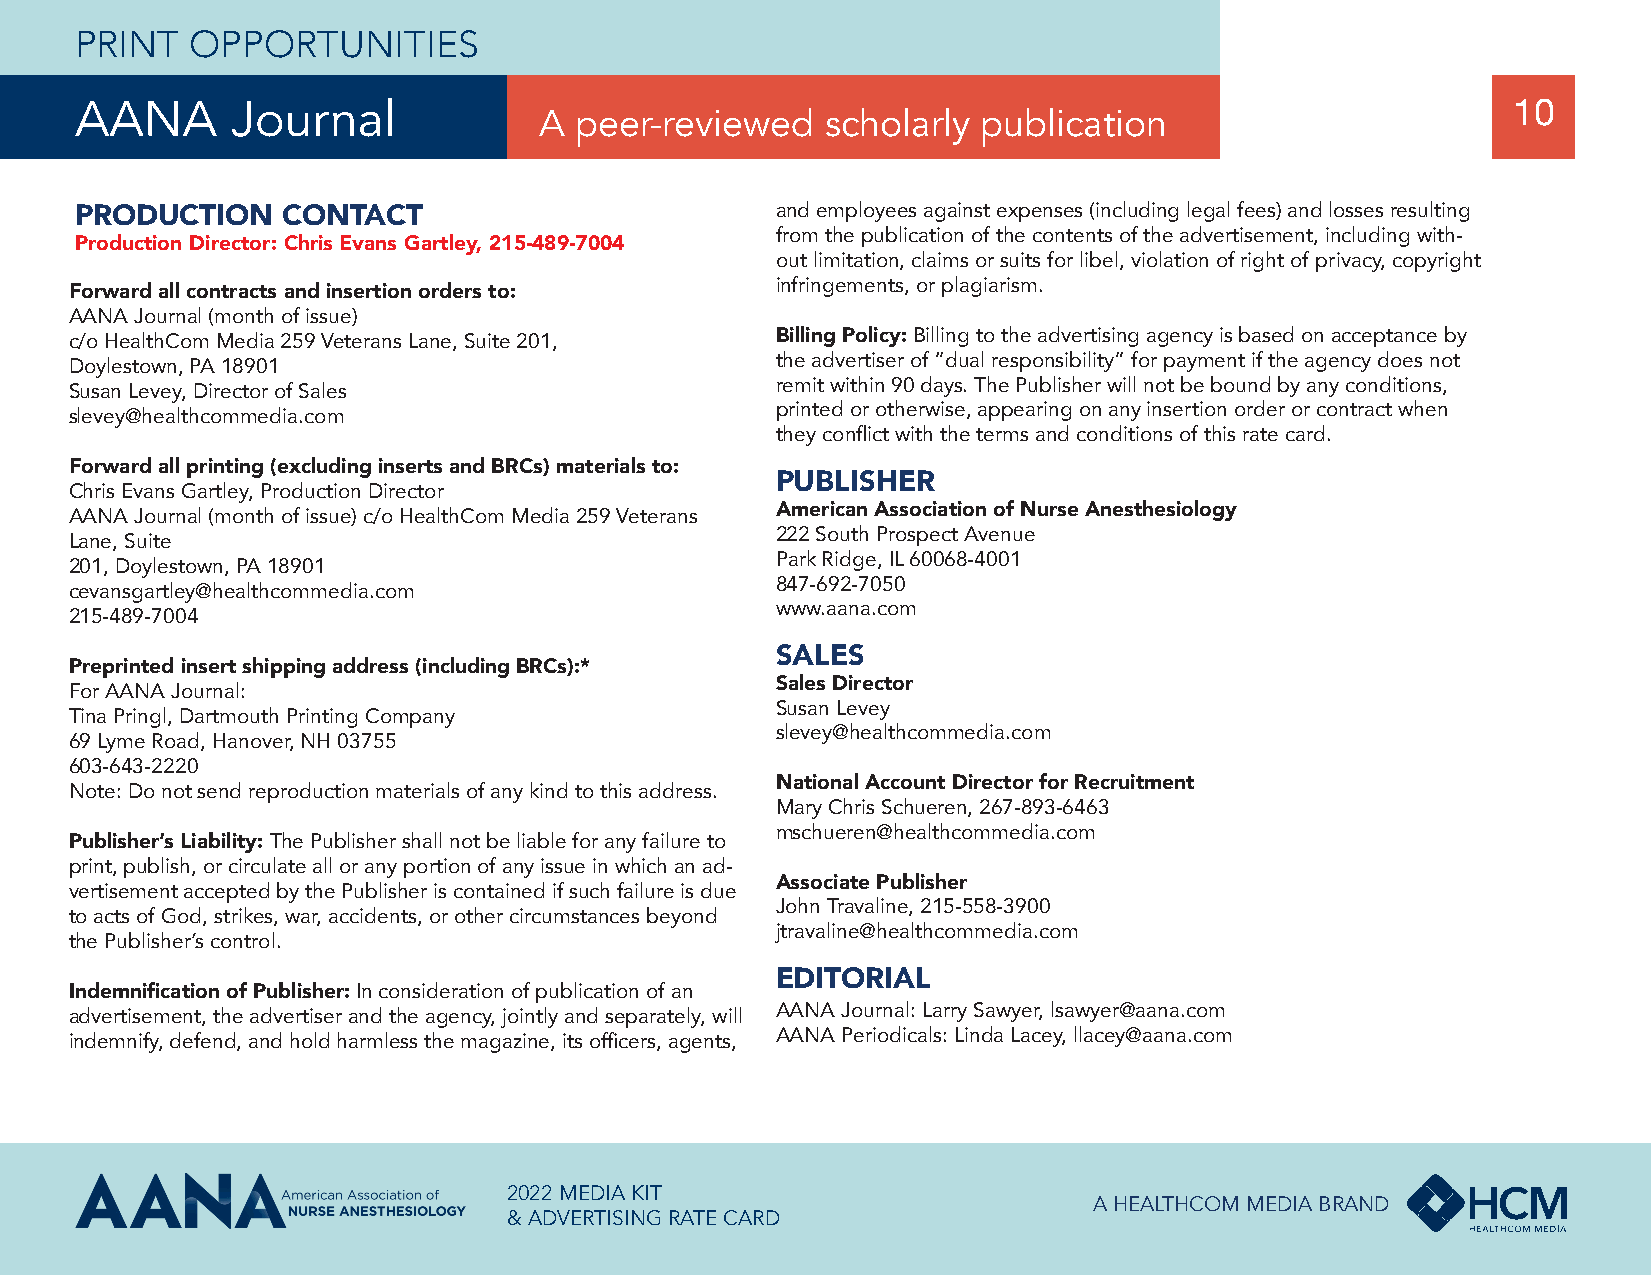
PRINT   OPPORTUNITIES
 AANA      Journal              A peer-reviewed    scholarly publication                        10
 PRODUCTION    CONTACT                         and employees against expenses (including legal fees) and losses resulting
 from the publication of the contents of the advertisement, including with-
 Production Director: Chris Evans Gartley, 215-489-7004
 out limitation, claims or suits for libel, violation of right of privacy, copyright
 infringements, or plagiarism.
 Forward all contracts and insertion orders to:
 AANA Journal (month of issue)
 c/o HealthCom Media 259 Veterans Lane, Suite 201, Billing Policy: Billing to the advertising agency is based on acceptance by
 the advertiser of “dual responsibility” for payment if the agency does not
 Doylestown, PA 18901
 remit within 90 days. The Publisher will not be bound by any conditions,
 Susan Levey, Director of Sales
 printed or otherwise, appearing on any insertion order or contract when
 slevey@healthcommedia.com
 they conflict with the terms and conditions of this rate card.
 Forward all printing (excluding inserts and BRCs) materials to:
 PUBLISHER
 Chris Evans Gartley, Production Director
 AANA Journal (month of issue) c/o HealthCom Media 259 Veterans American Association of Nurse Anesthesiology
 222 South Prospect Avenue
 Lane, Suite
 Park Ridge, IL 60068-4001
 201, Doylestown, PA 18901
 847-692-7050
 cevansgartley@healthcommedia.com
 www.aana.com
 215-489-7004
 SALES
 Preprinted insert shipping address (including BRCs):*
 Sales Director
 For AANA Journal:
 Susan Levey
 Tina Pringl, Dartmouth Printing Company
 slevey@healthcommedia.com
 69 Lyme Road, Hanover, NH 03755
 603-643-2220
 National Account Director for Recruitment
 Note: Do not send reproduction materials of any kind to this address.
 Mary Chris Schueren, 267-893-6463
 mschueren@healthcommedia.com
 Publisher’s Liability: The Publisher shall not be liable for any failure to
 print, publish, or circulate all or any portion of any issue in which an ad-
 Associate Publisher
 vertisement accepted by the Publisher is contained if such failure is due
 John Travaline, 215-558-3900
 to acts of God, strikes, war, accidents, or other circumstances beyond
 jtravaline@healthcommedia.com
 the Publisher’s control.
 EDITORIAL
 Indemnification of Publisher: In consideration of publication of an
 AANA Journal: Larry Sawyer, lsawyer@aana.com
 advertisement, the advertiser and the agency, jointly and separately, will
 AANA Periodicals: Linda Lacey, llacey@aana.com
 indemnify, defend, and hold harmless the magazine, its officers, agents,
 2022 MEDIA KIT
 A HEALTHCOM MEDIA BRAND
 & ADVERTISING RATE CARD